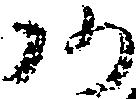
あ